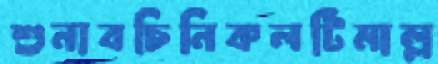
শুনাবচিনিকলটিমাল্ল